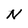
Character: N